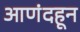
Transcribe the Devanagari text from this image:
आणंदहून